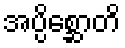
အပ္ပိစ္ဆောတိ